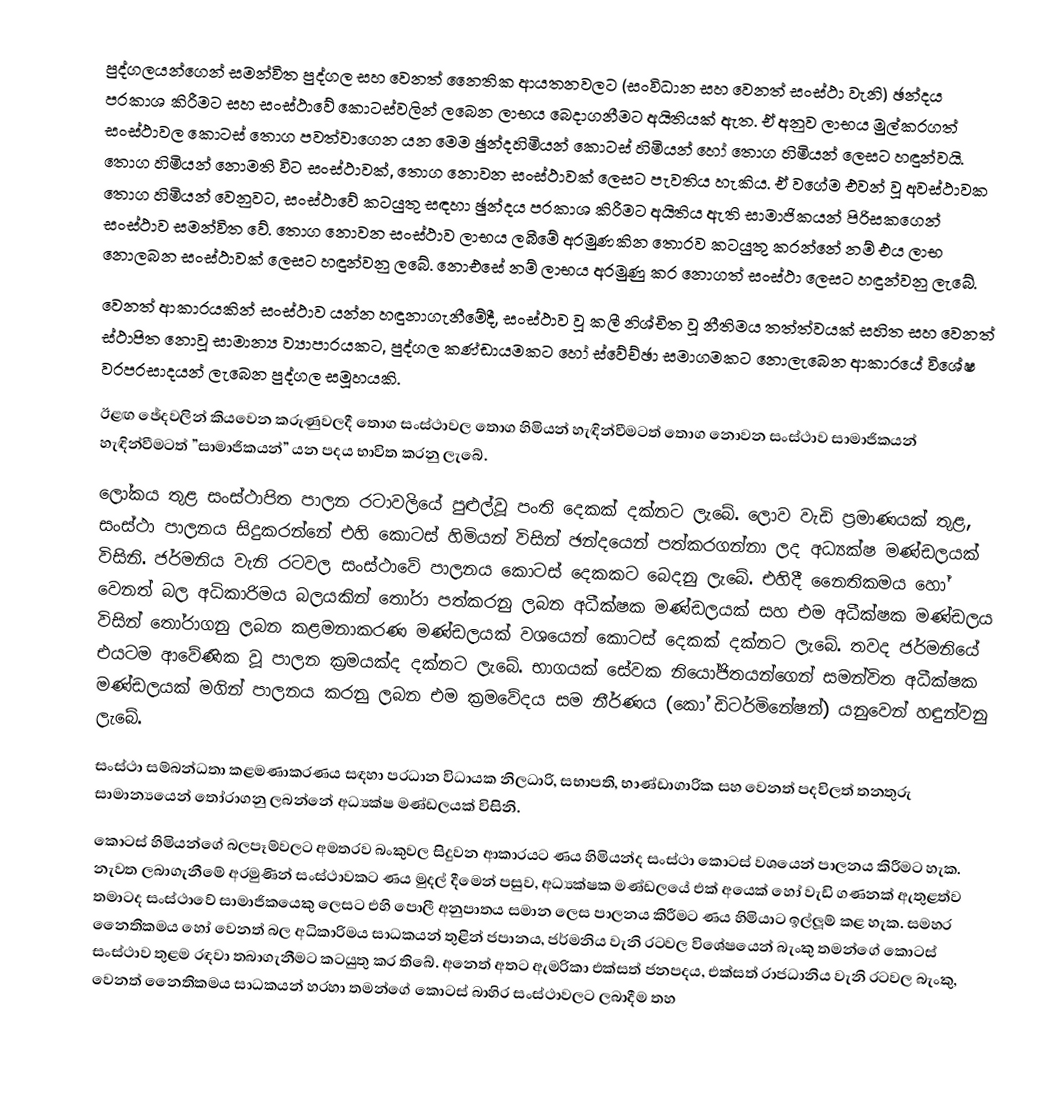
පුද්ගලයන්ගෙන් සමන්විත පුද්ගල සහ වෙනත් නෛතික ආයතනවලට (සංවිධාන සහ වෙනත් සංස්ථා වැනි) ඡන්දය ප‍්‍රකාශ කිරීමට සහ සංස්ථාවේ කොටස්වලින් ලබෙන ලාභය බෙදාගනීමට අයිතියක් ඇත. ඒ අනුව ලාභය මුල්කරගත් සංස්ථාවල කොටස් තොග පවත්වාගෙන යන මෙම ඡුන්දහිමියන් කොටස් හිමියන් හෝ තොග හිමියන් ලෙසට හඳුන්වයි. තොග හිමියන් නොමති විට සංස්ථාවක්, තොග නොවන සංස්ථාවක් ලෙසට පැවතිය හැකිය. ඒ වගේම එවන් වූ අවස්ථාවක තොග හිමියන් වෙනුවට, සංස්ථාවේ කටයුතු සඳහා ඡුන්දය ප‍්‍රකාශ කිරීමට අයිතිය ඇති සාමාජිකයන් පිරිසකගෙන් සංස්ථාව සමන්විත වේ. තොග නොවන සංස්ථාව ලාභය ලබීමේ අරමුණකින තොරව කටයුතු කරන්නේ නම් එය ලාභ නොලබන සංස්ථාවක් ලෙසට හඳුන්වනු ලබේ. නොඑසේ නම් ලාභය අරමුණු කර නොගත් සංස්ථා ලෙසට හඳුන්වනු ලැබේ.
	      වෙනත් ආකාරයකින් සංස්ථාව යන්න හඳුනාගැනීමේදී, සංස්ථාව වූ කලී නිශ්චිත වූ නීතිමය තත්ත්වයක් සහිත සහ වෙනත් ස්ථාපිත නොවූ සාමාන්‍ය ව්‍යාපාරයකට, පුද්ගල කණ්ඩායමකට හෝ ස්වේච්ඡා සමාගමකට නොලැබෙන ආකාරයේ විශේෂ වරප‍්‍රසාදයන් ලැබෙන පුද්ගල සමූහයකි.
	      ඊළඟ ඡේදවලින් කියවෙන කරුණුවලදී තොග සංස්ථාවල තොග හිමියන් හැඳින්වීමටත් තොග නොවන සංස්ථාව සාමාජිකයන් හැඳින්වීමටත් ”සාමාජිකයන්” යන පදය භාවිත කරනු ලැබේ.
      ලෝකය තුළ සංස්ථාපිත පාලන රටාවලියේ පුළුල්වූ පංති දෙකක් දක්නට ලැබේ. ලොව වැඩි ප‍්‍රමාණයක් තුළ, සංස්ථා පාලනය සිදුකරන්නේ එහි කොටස් හිමියන් විසින් ඡන්දයෙන් පත්කරගන්නා ලද අධ්‍යක්ෂ මණ්ඩලයක් විසිනි. ජර්මනිය වැනි රටවල සංස්ථාවේ පාලනය කොටස් දෙකකට බෙදනු ලැබේ. එහිදී නෛතිකමය හෝ වෙනත් බල අධිකාරිමය බලයකින් තෝරා පත්කරනු ලබන අධීක්ෂක මණ්ඩලයක් සහ එම අධීක්ෂක මණ්ඩලය විසින් තෝරාගනු ලබන කළමනාකරණ මණ්ඩලයක් වශයෙන් කොටස් දෙකක් දක්නට ලැබේ. තවද ජර්මනියේ එයටම ආවේණික වූ පාලන ක‍්‍රමයක්ද දක්නට ලැබේ. භාගයක් සේවක නියෝජිතයන්ගෙන් සමන්විත අධීක්ෂක මණ්ඩලයක් මගින් පාලනය කරනු ලබන එම ක‍්‍රමවේදය සම නීර්ණය (කෝ ඩිටර්මිනේෂන්) යනුවෙන් හඳුන්වනු ලැබේ.
     සංස්ථා සම්බන්ධතා කළමණාකරණය සඳහා ප‍්‍රධාන විධායක නිලධාරි, සභාපති, භාණ්ඩාගාරික සහ වෙනත් පදවිලත් තනතුරු සාමාන්‍යයෙන් තෝරාගනු ලබන්නේ අධ්‍යක්ෂ මණ්ඩලයක් විසිනි.
කොටස් හිමියන්ගේ බලපෑම්වලට අමතරව බංකුවල සිදුවන ආකාරයට ණය හිමියන්ද සංස්ථා කොටස් වශයෙන් පාලනය කිරීමට හැක. නැවත ලබාගැනීමේ අරමුණින් සංස්ථාවකට ණය මුදල් දීමෙන් පසුව, අධ්‍යක්ෂක මණ්ඩලයේ එක් අයෙක් හෝ වැඩි ගණනක් ඇතුළත්ව තමාටද සංස්ථාවේ සාමාජිකයෙකු ලෙසට එහි පොලී අනුපාතය සමාන ලෙස පාලනය කිරීමට ණය හිමියාට ඉල්ලූම් කළ හැක. සමහර නෛතිකමය හෝ වෙනත් බල අධිකාරිමය සාධකයන් තුළින් ජපානය, ජර්මනිය වැනි රටවල විශේෂයෙන් බැංකු තමන්ගේ කොටස් සංස්ථාව තුළම රඳවා තබාගැනීමට කටයුතු කර තිබේ. අනෙත් අතට ඇමරිකා එක්සත් ජනපදය, එක්සත් රාජධානිය වැනි රටවල බැංකු, වෙනත් නෛතිකමය සාධකයන් හරහා තමන්ගේ කොටස් බාහිර සංස්ථාවලට ලබාදීම තහ